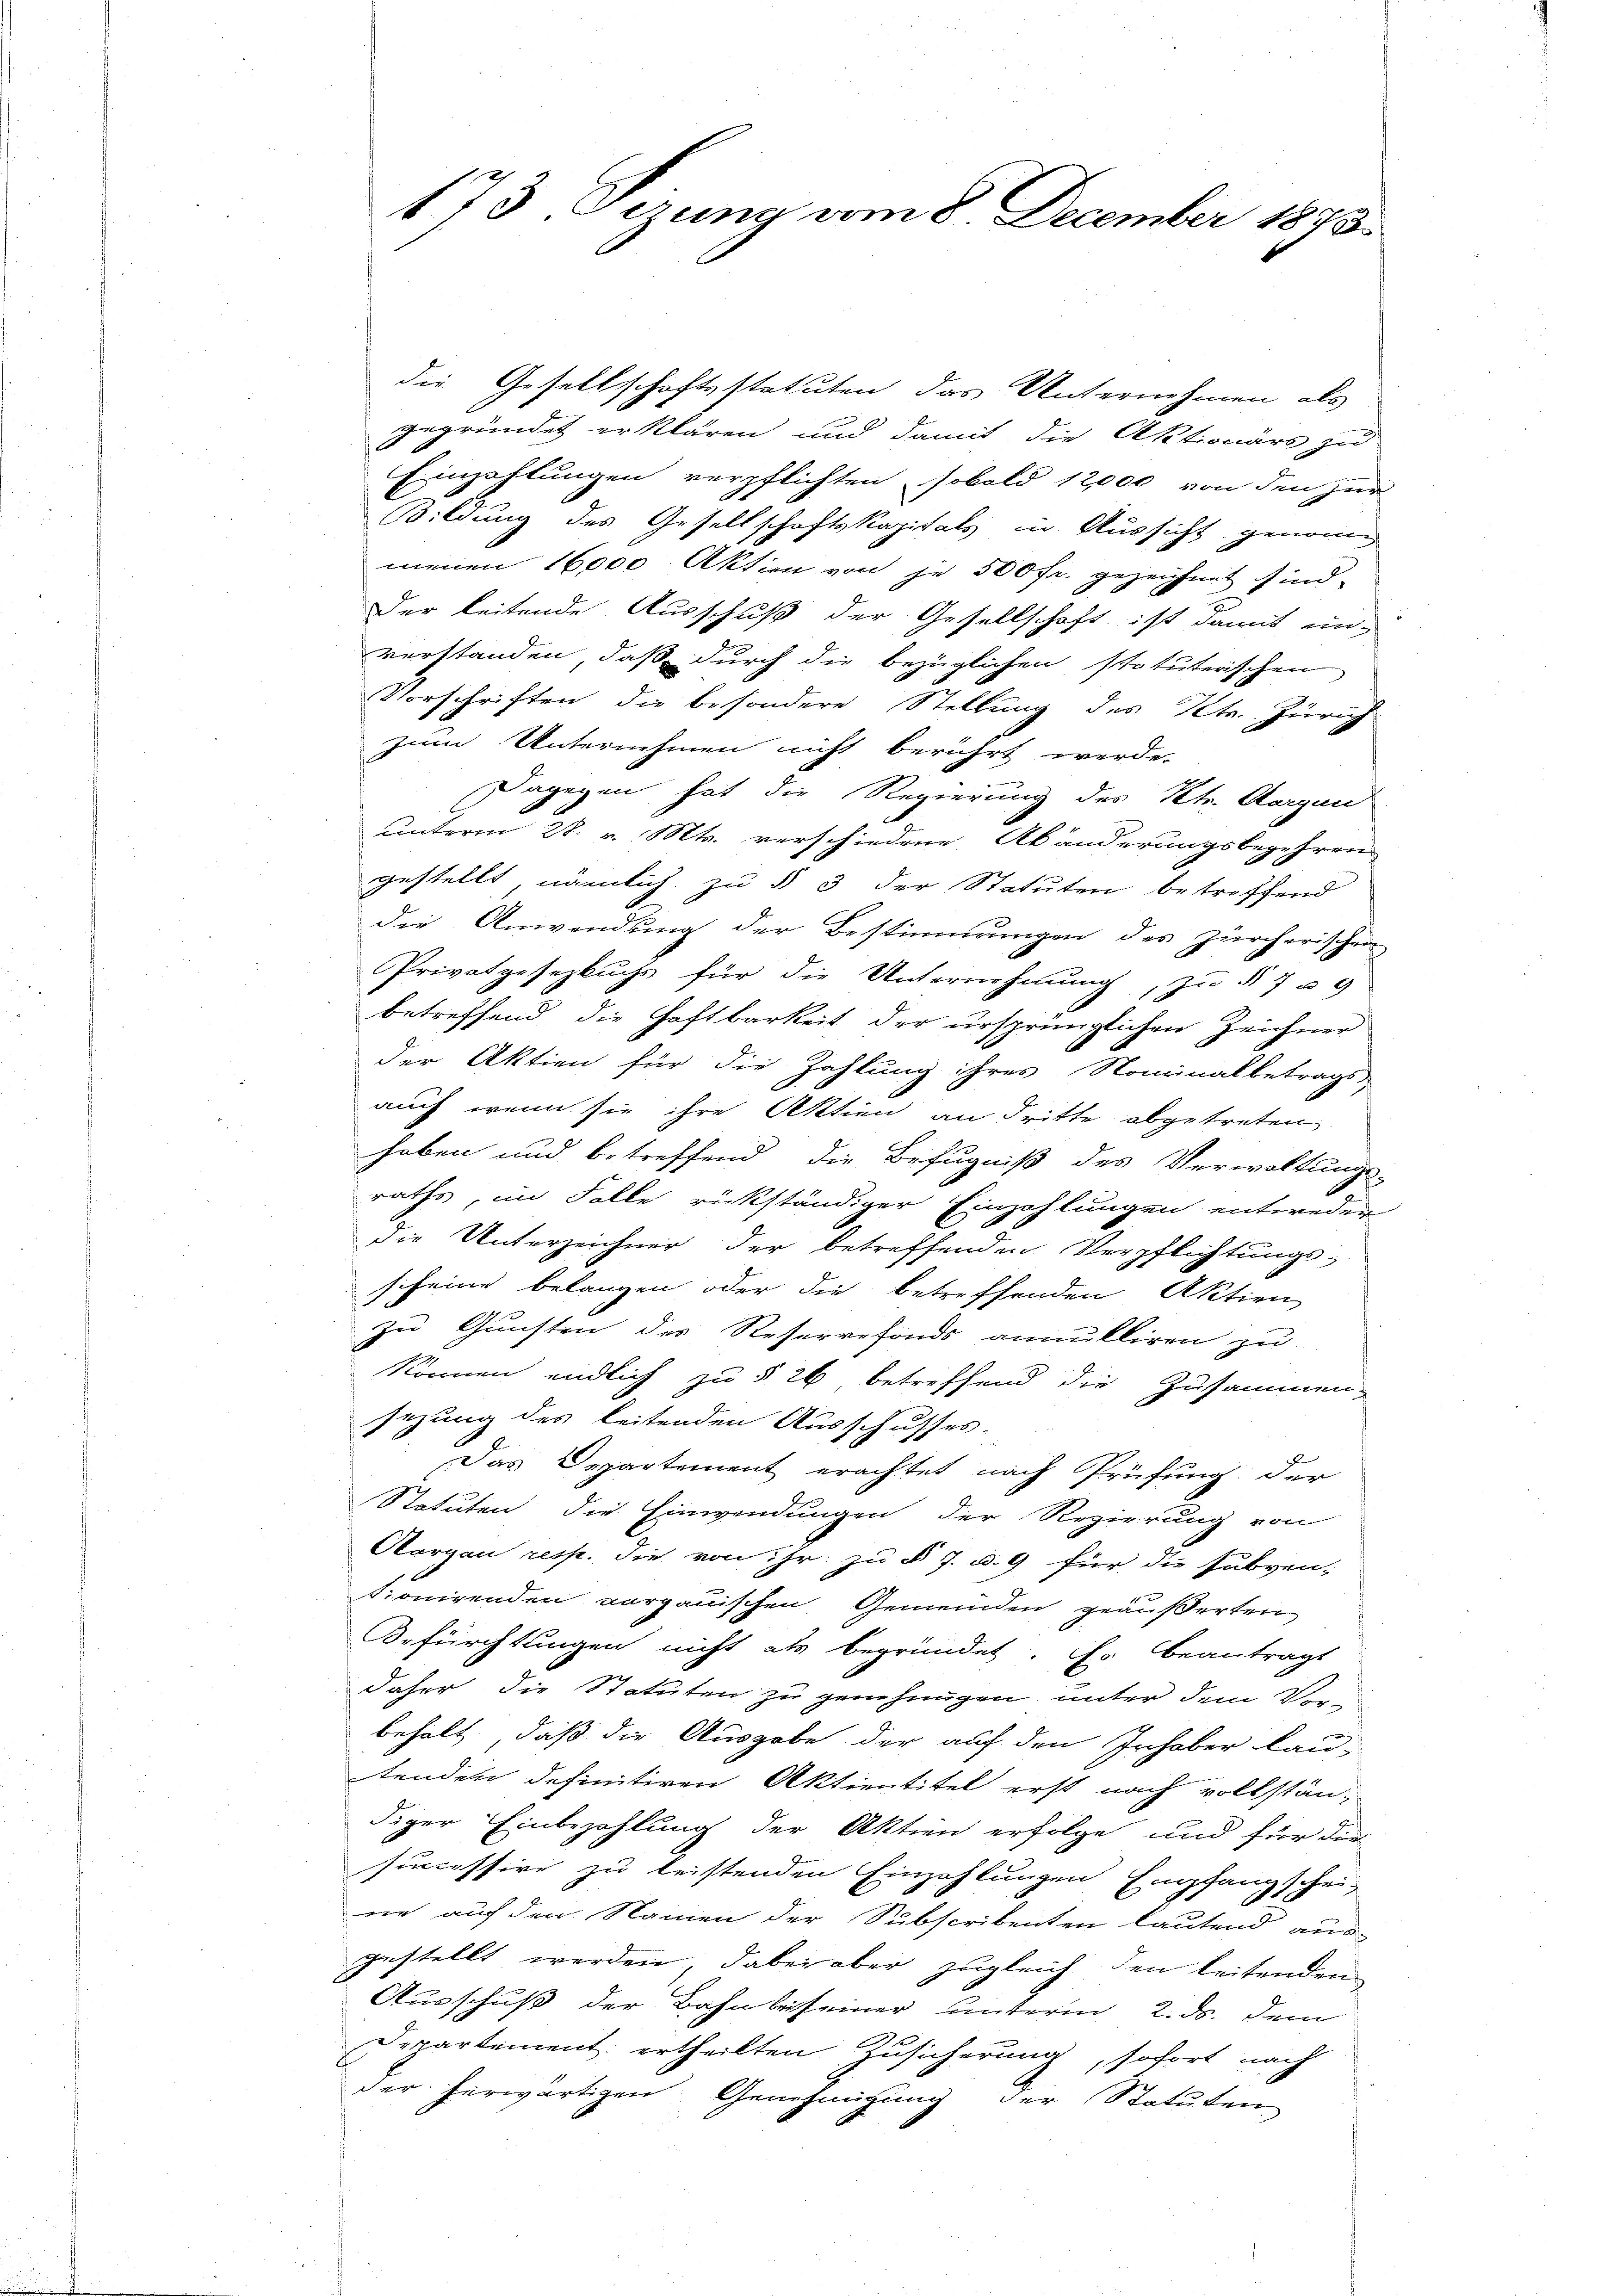
die Gesellschaftsstatuten das Unternehmen als
gegründet erklären und damit die Aktionärs zu
Einzahlungen verpflichten, sobald 12,000 von den zur
Bildung des Gesellschaftskapitals in Aussicht genommenen 16000 Aktien von je 500 fr. gezeichnet sind.
Der leitende Ausschuß der Gesellschaft ist damit ein-
verstanden, daß durch die bezüglichen statuterischen
Vorschriften die besondere Stellung des Kts. Zürich
zum Unternehmen nicht berührt werde.
Dagegen hat die Regierung des Kts. Aargau
unterm 28. v. Mts. verschiedene Abänderungsbegehren
gestellt nämlich zu § 3 der Statuten betreffend
die Anwendung der Bestimmungen des zürcherischen
Privatgesezbuchs für die Unternehmung, zu § 7 u 9
betreffend die Haftbarkeit der ursprünglichen Zeichner
der Aktien für die Zahlung ihres Nominalbetrags
auch wenn sie ihre Aktien an dritte abgetreten
haben und betreffend die Befugniß des Verwaltungs-
raths, im Falle rückständiger Einzahlungen entweder
die Unterzeichner der betreffenden Verpflichtungsscheine belangen oder die betreffenden Aktion
zu Gunsten des Reservefonds annulliren zu
Konnen endlich zu § 26, betreffend die Zusammen-
sezung des leitenden Ausschusses-
Das Departement erachtet nach Prüfung der
Statuten die Einwendungen der Regierung von
Aargau resp. die von ihr zu § 7. d. 9 für die subven-
tionirenden vorganischen Gemeinden geäußerten
Befürchtungen nicht als begründet. Er beantragt
daher die Statuten zu genehmigen, unter dem Vorbehalt, daß die Ausgabe der auf den Inhaber lau-
tenden definitiven Aktientitel erst nach vollständiger Einbezahlung der Aktien erfolge und für die
successive zu leistenden Einzahlungen Empfangschei-
nie auf den Namen der Subscribenten lautend aus-
gestellt werden, dabei aber zugleich den leitenden
Ausschuß der Bahn beseiner unterm 2. ds. dem
Departement ertheilten Zusicherung, sofort nach
der herwärtigen Genehmigung der Statuten

173 Sizung vom 8. December 1873